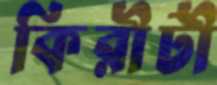
কিরীটী